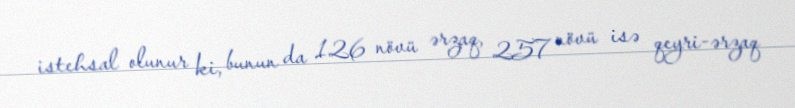
istehsal olunur ki, bunun da 126 növü ərzaq, 257 növü isə qeyri-ərzaq